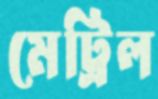
মেট্রিল